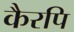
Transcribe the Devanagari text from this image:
कैरपि